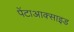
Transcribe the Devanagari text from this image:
पेंटाआक्साइड